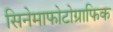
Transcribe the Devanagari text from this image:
सिनेमाफोटोग्राफिक